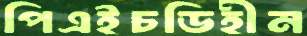
পিএইচডিহীন